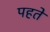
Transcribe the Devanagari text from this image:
पहते